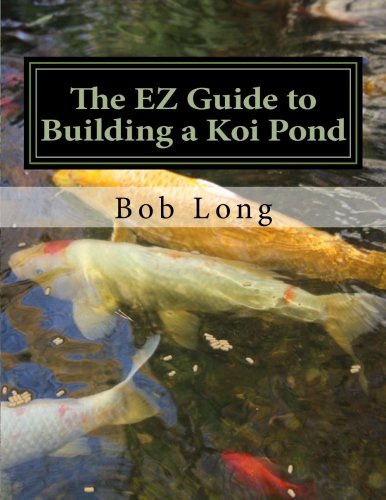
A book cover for The EZ Guide to Building a Koi Pond: Welcome to the Wonderful World of Koi; Bob Long; Crafts, Hobbies & Home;